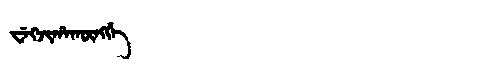
Manchu: ᠸᡝᡴᠵᡳᡥᠠᡴᡡᠩᡤᡝ
Romanization: WEKJIHAKŪNGGE